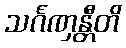
သင်္ဂဏှန္တီတိ